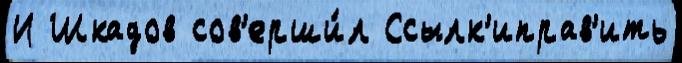
И Шкадов сов'ерши́л Ссылк'иправ'ить